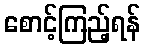
စောင့်ကြည့်ရန်